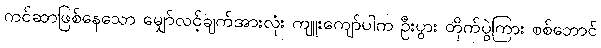
ကင်ဆာဖြစ်နေသော မျှော်လင့်ချက်အားလုံး ကျူးကျော်ပါက ဦးပွား တိုက်ပွဲကြား စစ်ဘောင်